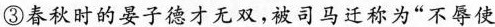
③春秋时的晏子德才无双，被司马迁称为“不辱使